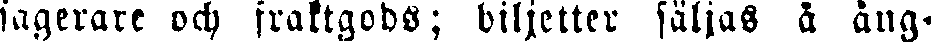
ingerare och fraktgods; biljetter säljas å ång-